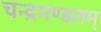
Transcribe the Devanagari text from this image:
चन्द्रमण्डलम्